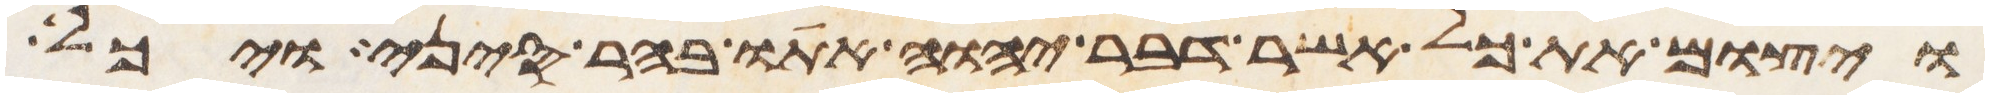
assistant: ויצום את כל אשר דבר יהוה אתו בהר סיני ויכל